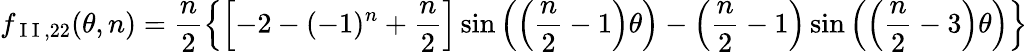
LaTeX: f_{\mathrm{~I~I~},22}(\theta,n)=\frac{n}{2}\left\{ \left[-2-(-1)^{n}+\frac{n}{2}\right]\sin\left(\left(\frac{n}{2}-1\right)\theta\right)-\left(\frac{n}{2}-1\right)\sin\left(\left(\frac{n}{2}-3\right)\theta\right)\right\}